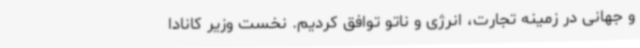
و جهانی در زمینه تجارت، انرژی و ناتو توافق کردیم. نخست وزیر کانادا